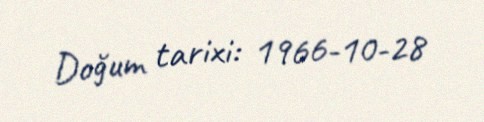
Doğum tarixi: 1966-10-28